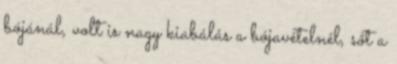
bójánál, volt is nagy kiabálás a bójavételnél, sőt a